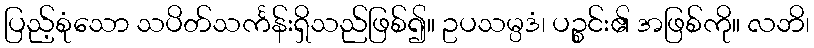
ပြည့်စုံသော သပိတ်သင်္ကန်းရှိသည်ဖြစ်၍။ ဥပသမ္ပဒံ၊ ပဉ္စင်း၏ အဖြစ်ကို။ လဘိ၊